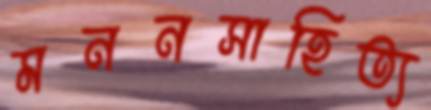
মননসাহিত্য